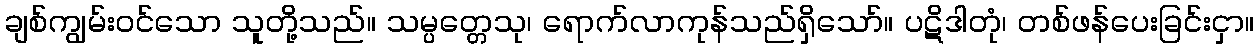
ချစ်ကျွမ်းဝင်သော သူတို့သည်။ သမ္ပတ္တေသု၊ ရောက်လာကုန်သည်ရှိသော်။ ပဋိဒါတုံ၊ တစ်ဖန်ပေးခြင်းငှာ။